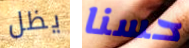
يظل حسنا